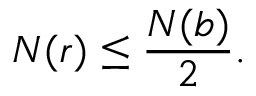
N ( r ) \leq { \frac { N ( b ) } { 2 } } .